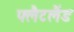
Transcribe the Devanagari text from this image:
फ्लैटलैंड